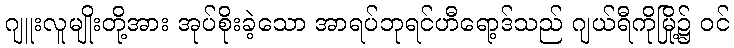
ဂျူးလူမျိုးတို့အား အုပ်စိုးခဲ့သော အာရပ်ဘုရင်ဟီရော့ဒ်သည် ဂျယ်ရီကိုမြို့၌ ဝင်